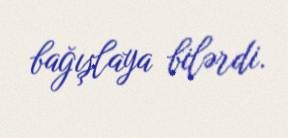
bağışlaya bilərdi.